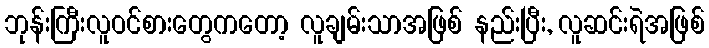
ဘုန်းကြီးလူဝင်စားတွေကတော့ လူချမ်းသာအဖြစ် နည်းပြီး, လူဆင်းရဲအဖြစ်